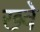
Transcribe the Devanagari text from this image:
ख्वे